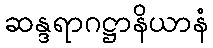
ဆန္ဒရာဂဋ္ဌာနိယာနံ